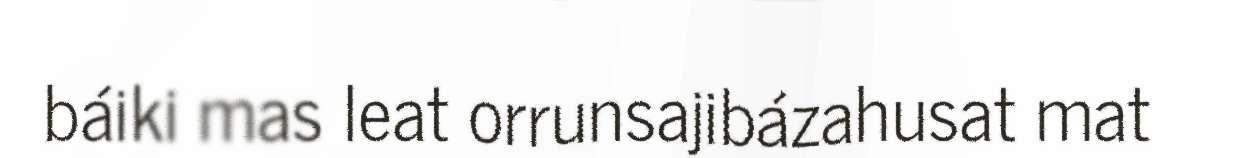
báiki mas leat orrunsajibázahusat mat